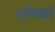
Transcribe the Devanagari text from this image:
शोषको